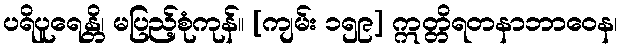
ပရိပူရေန္တိ၊ မပြည့်စုံကုန်။ [ကျမ်း ၁၅၉] ဣတ္တိရတနာဘာဝေန၊